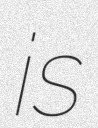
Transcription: is